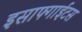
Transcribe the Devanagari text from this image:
इसाफ्गाईटस